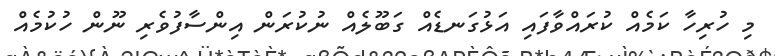
މި ހުރިހާ ކަމެއް ކުރައްވާފައި އަޅުގަނޑެއް ގަބޫލެއް ނުކުރަން އިންސާފުވެރި ނޫން ހުކުމެއް